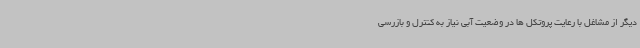
دیگر از مشاغل با رعایت پروتکل ها در وضعیت آبی نیاز به کنترل و بازرسی